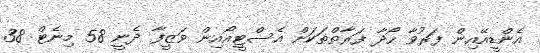
އެންޑީއޭއިން ފަރުވާ ހޯދާ ފަރާތްތަކަށް އެސްޓީއޯއިން ވަޒީފާ ދެނީ 58 މިނެޓް 38